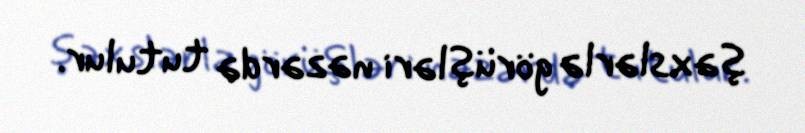
şəxslərlə görüşləri nəzərdə tutulur.